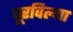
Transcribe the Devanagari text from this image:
पूरविल्या